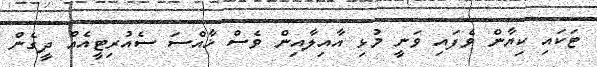
ޓަކައި ކިޔާން ވެފައި ވަނީ މުޅި އާއިލާއިން ވެސް ޚާއްސަ ސެއުރިޓީއެއް ދީގެން